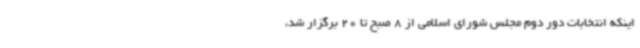
اینکه انتخابات دور دوم مجلس شورای اسلامی از 8 صبح تا 20 برگزار شد،